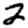
Digit: 2